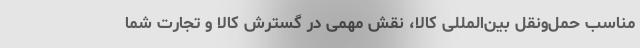
مناسب حمل‌ونقل بین‌المللی کالا، نقش مهمی در گسترش کالا و تجارت شما